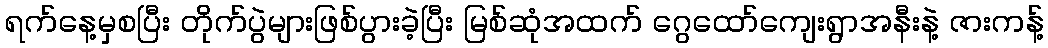
ရက်နေ့မှစပြီး တိုက်ပွဲများဖြစ်ပွားခဲ့ပြီး မြစ်ဆုံအထက် ဂွေထော်ကျေးရွာအနီးနဲ့ ဇားကန့်